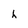
Character: h